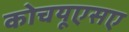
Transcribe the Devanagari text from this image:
कोचयूएसए